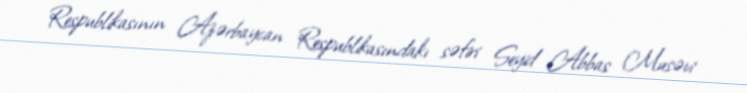
Respublikasının Azərbaycan Respublikasındakı səfiri Seyid Abbas Musəvi